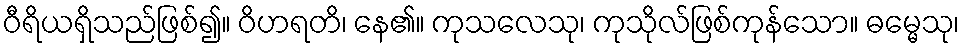
ဝီရိယရှိသည်ဖြစ်၍။ ဝိဟရတိ၊ နေ၏။ ကုသလေသု၊ ကုသိုလ်ဖြစ်ကုန်သော။ ဓမ္မေသု၊